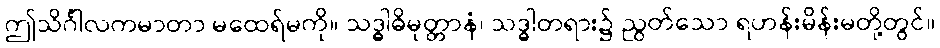
ဤသိင်္ဂါလကမာတာ မထေရ်မကို။ သဒ္ဓါဓိမုတ္တာနံ၊ သဒ္ဓါတရား၌ ညွတ်သော ရဟန်းမိန်းမတို့တွင်။